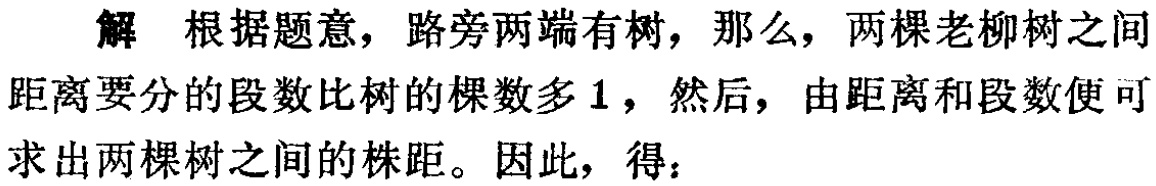
解 根据题意，路旁两端有树，那么，两棵老柳树之间距离要分的段数比树的棵数多\(1\)，然后，由距离和段数便可求出两棵树之间的株距。因此，得：